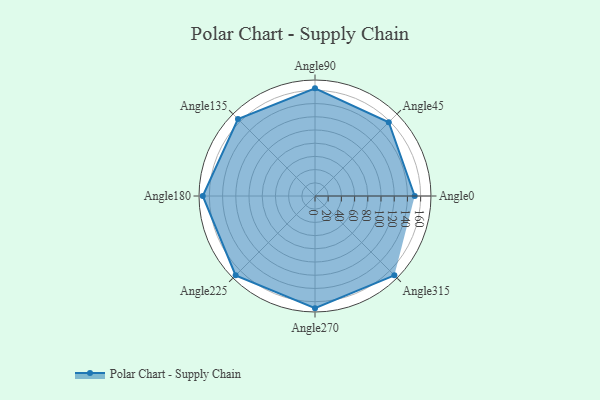
{"axis": {"x": "Angle", "y": "Radius"}, "legend": [""], "data": [{"x": "Angle0", "y": 151.0, "type": ""}, {"x": "Angle45", "y": 158.0, "type": ""}, {"x": "Angle90", "y": 163.0, "type": ""}, {"x": "Angle135", "y": 165.0, "type": ""}, {"x": "Angle180", "y": 170, "type": ""}, {"x": "Angle225", "y": 170, "type": ""}, {"x": "Angle270", "y": 170, "type": ""}, {"x": "Angle315", "y": 170, "type": ""}]}